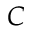
C